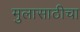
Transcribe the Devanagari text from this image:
मुलासाठीचा